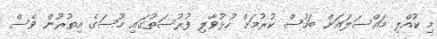
މި ކުއްލި މައްސަލައަށް ބަހުސް ކުރުމަށް ހުޅުވާލި ފުރުސަތުގައި މޫސަގެ އިތުރުން ވެސް